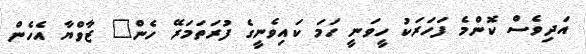
އަދިވެސް ކޮންމެ ފަހަރަކު ހީވަނީ ހަމަ ކައިވެނީގެ ފުރަތަމަރޭ ހެން" ޒާވްޔާ އެހެން